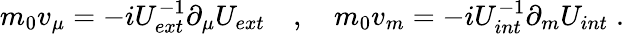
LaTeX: \begin{array}{r}{m_{0}v_{\mu}=-iU_{ext}^{-1}\partial_{\mu}U_{ext}\quad,\quad m_{0}v_{m}=-iU_{int}^{-1}\partial_{m}U_{int}\; .}\end{array}